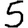
Digit: 5